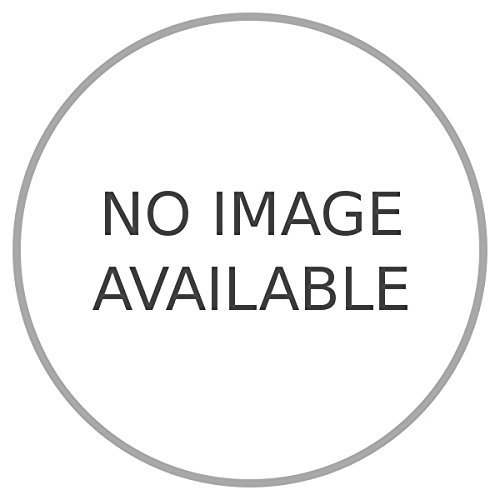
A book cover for Gibuti e la Somalia Francese.; ADEMOLLO Umberto -; Travel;